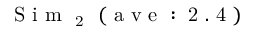
\mathrm { ~ S ~ i ~ m ~ } _ { \mathrm { ~ 2 ~ } } \mathrm { ~ ( ~ a ~ v ~ e ~ : ~ 2 ~ . ~ 4 ~ ) ~ }